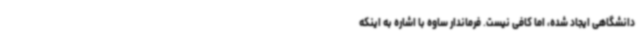
دانشگاهی ایجاد شده، اما کافی نیست. فرماندار ساوه با اشاره به اینکه